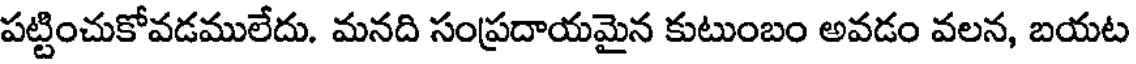
పట్టించుకోవడములేదు. మనది సంప్రదాయమైన కుటుంబం అవడం వలన, బయట